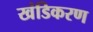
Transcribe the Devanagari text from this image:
खंडिकरण